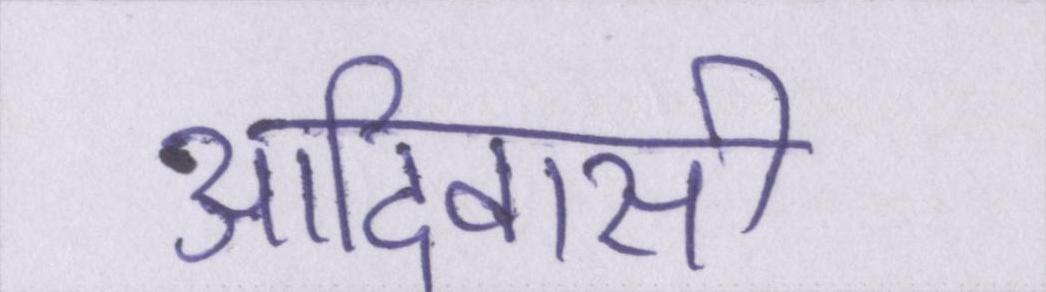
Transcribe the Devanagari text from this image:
आदिवासी